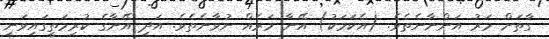
ގާތަށް މަރު އަންނާނެތެވެ. (އެކަމަކު) އޭނާ މަރެއް ނުވާނެތެވެ. އަދި އޭނާގެ ކުރިމަތީގައިވަނީ